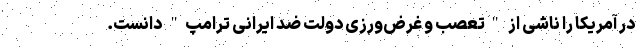
در آمریکا را ناشی از "تعصب و غرض‌ورزی دولت ضد ایرانی ترامپ" دانست.